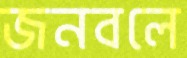
জনবলে